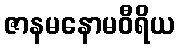
ဇာနမနောမဝီရိယ